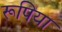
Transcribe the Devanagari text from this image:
रूपिया